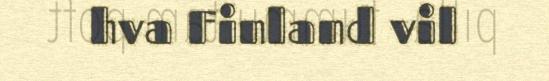
hva Finland vil